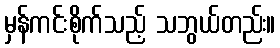
မှန်ကင်းစိုက်သည့် သဘွယ်တည်း။